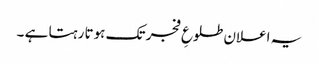
یہ اعلان طلوعِ فجر تک ہوتا رہتا ہے ۔